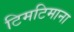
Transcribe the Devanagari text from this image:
टिमटिमाना